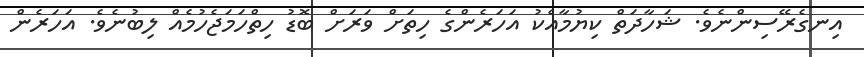
އިނގެރޭސިންނެވެ. ޝަހާދަތް ކިޔުމާއެކު އަހަރެންގެ ހިތަށް ވަރަށް ބޮޑު ހިތްހަމަޖެހުމެއް ލިބުނެވެ. އަހަރެން